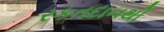
રકતદાનથી